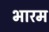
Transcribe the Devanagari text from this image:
भारम